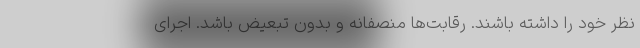
نظر خود را داشته باشند. رقابت‌ها منصفانه و بدون تبعیض باشد. اجرای